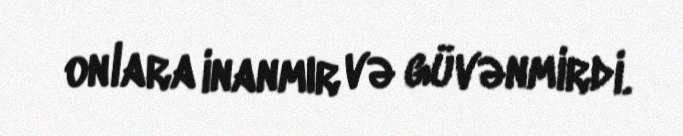
onlara inanmır və güvənmirdi.